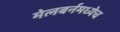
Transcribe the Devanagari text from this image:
मेलबर्नमध्येच